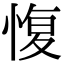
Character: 愎